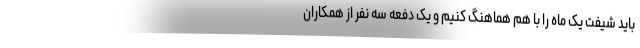
باید شیفت یک ماه را با هم هماهنگ کنیم و یک دفعه سه نفر از همکاران